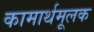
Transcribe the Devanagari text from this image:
कामार्थमूलक